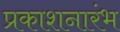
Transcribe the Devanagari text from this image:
प्रकाशनारंभ